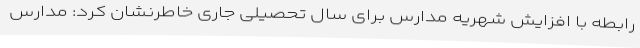
رابطه با افزایش شهریه‌ مدارس برای سال تحصیلی جاری خاطرنشان کرد: مدارس